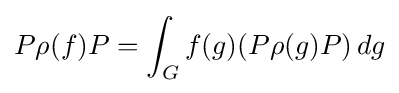
P\rho (f)P=\int _{G}f(g)(P\rho (g)P)\,dg